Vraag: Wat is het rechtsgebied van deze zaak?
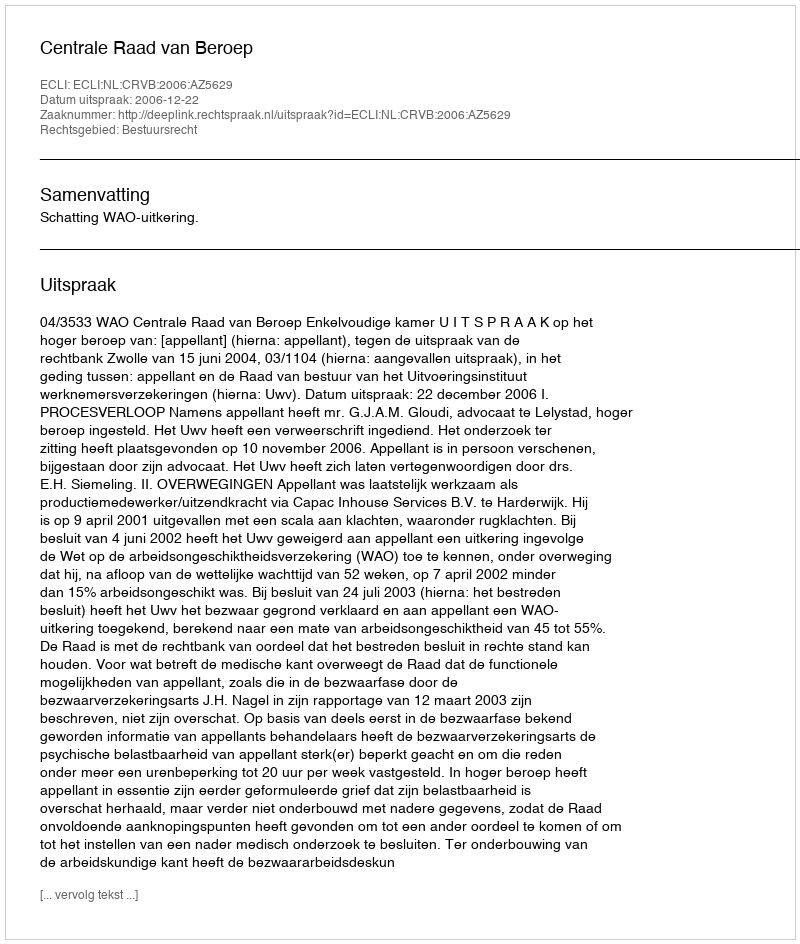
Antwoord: Bestuursrecht